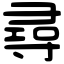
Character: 尋